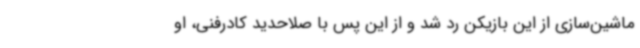
ماشین‌سازی از این بازیکن رد شد و از این پس با صلاحدید کادرفنی، او